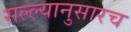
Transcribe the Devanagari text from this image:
सल्ल्यानुसारच